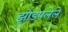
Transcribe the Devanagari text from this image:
झोडपलेले